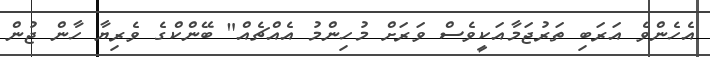
އެހެންވެ އަރަބި ތަރުޖަމާއަކީވެސް ވަރަށް މުހިންމު އެއްޗެއް" ބޭންކްގެ ވެރިޔާ ހާން ޖުން